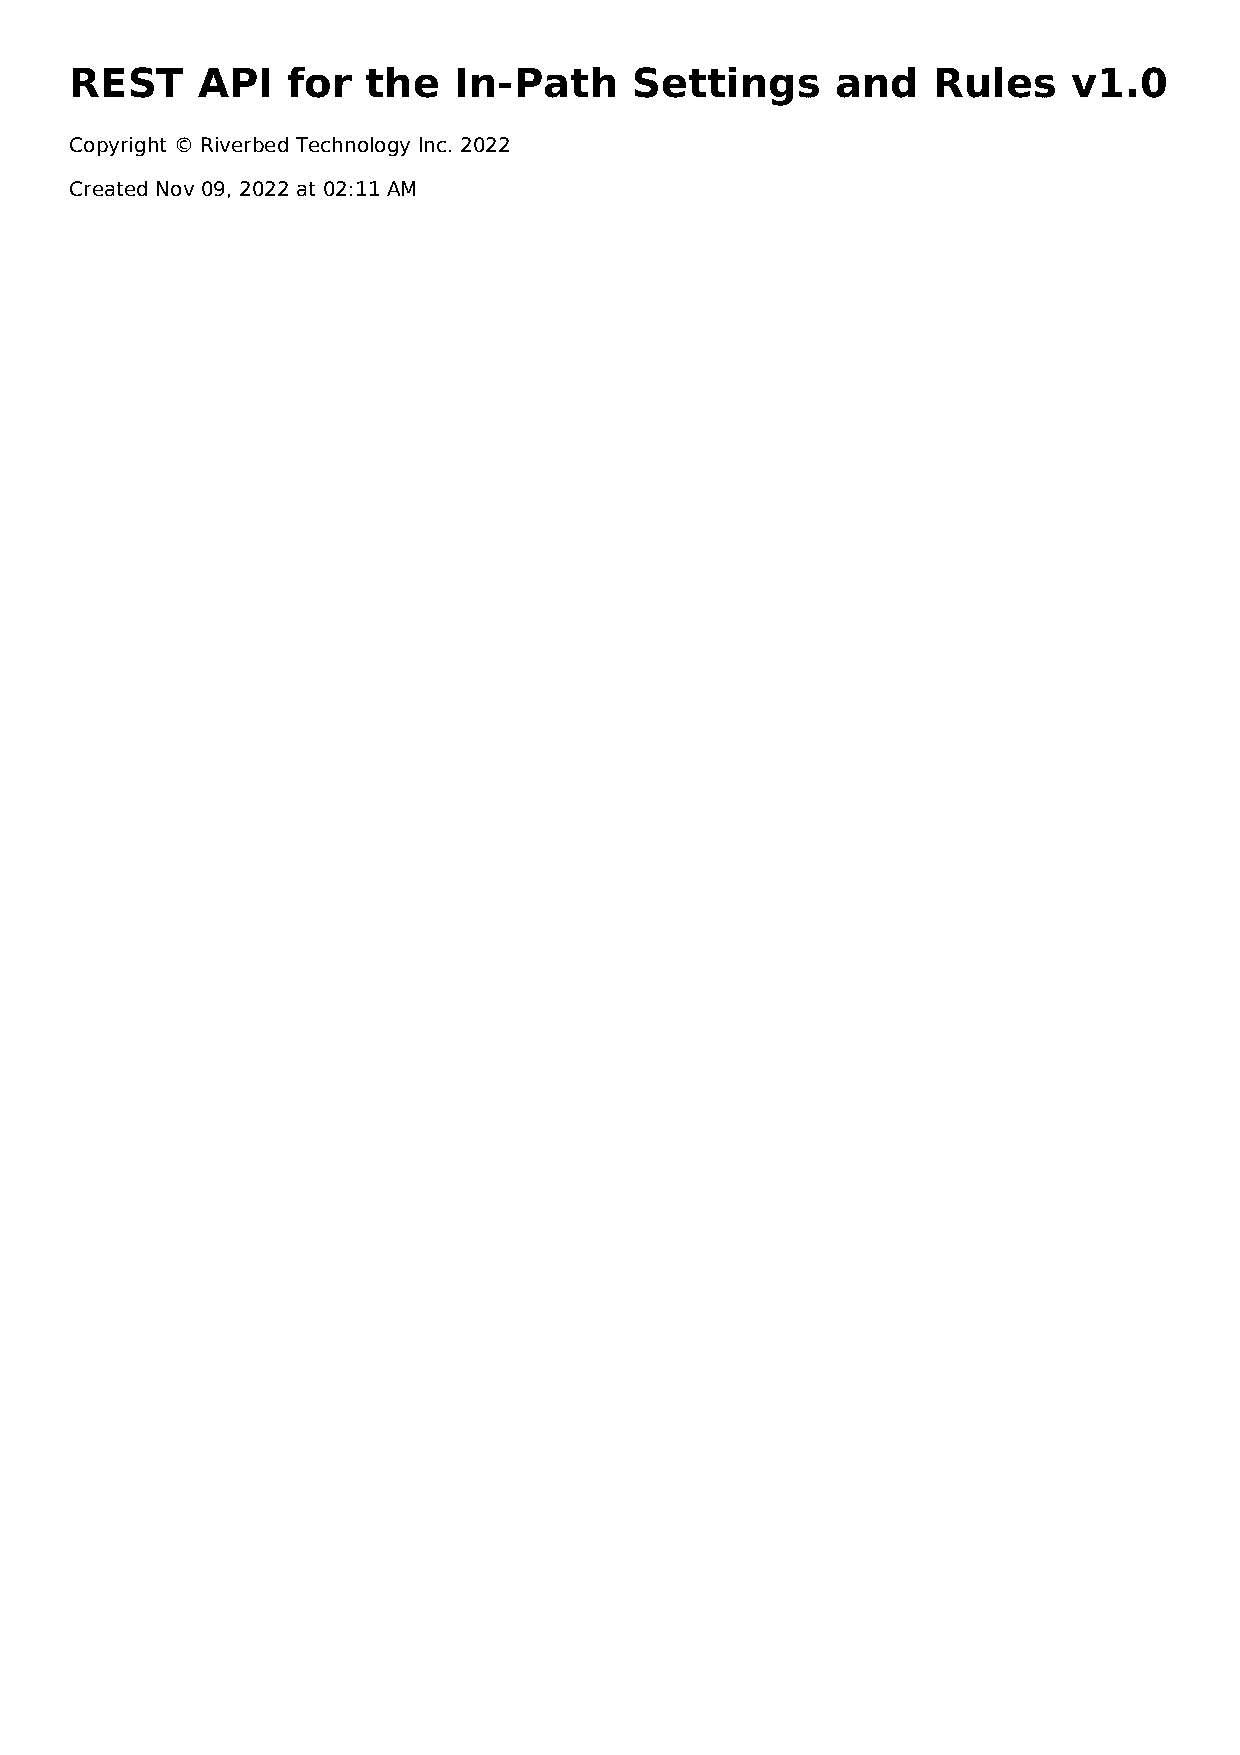
REST    API   for  the   In-Path     Settings     and    Rules    v1.0
 Copyright © Riverbed Technology Inc. 2022
 Created Nov 09, 2022 at 02:11 AM